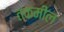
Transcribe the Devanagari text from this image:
तकमील